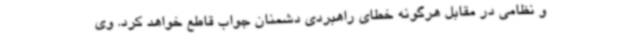
و نظامی در مقابل هرگونه خطای راهبردی دشمنان جواب قاطع خواهد کرد. وی